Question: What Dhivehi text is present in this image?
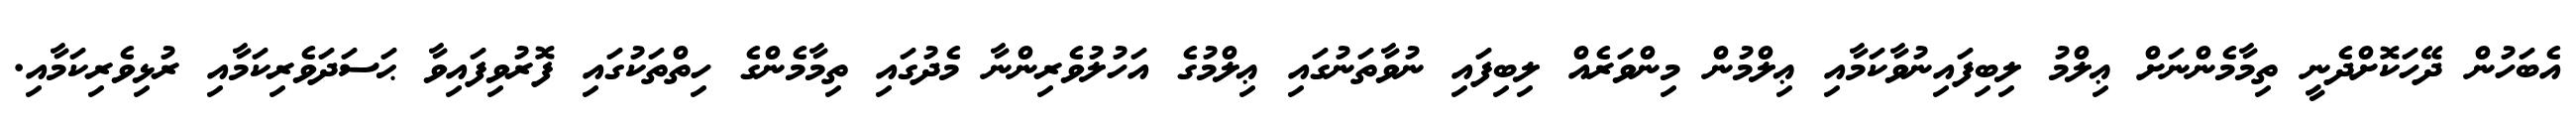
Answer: އެބަހުން ދޭހަކޮށްދެނީ ތިމާމެންނަށް ޢިލްމު ލިބިފައިނުވާކަމާއި ޢިލްމުން މިންވަރެއް ލިބިފައި ނުވާތަނުގައި ޢިލްމުގެ އަހުލުވެރިންނާ މެދުގައި ތިމާމެންގެ ހިތްތަކުގައި ފޮރުވިފައިވާ ޙަސަދަވެރިކަމާއި ރުޅިވެރިކަމާއި.